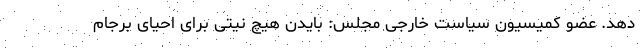
دهد. عضو کمیسیون سیاست خارجی مجلس: بایدن هیچ نیتی برای احیای برجام